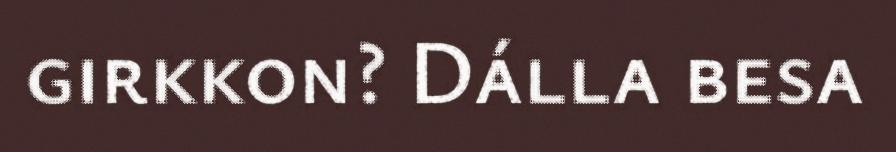
girkkon? Dálla besa